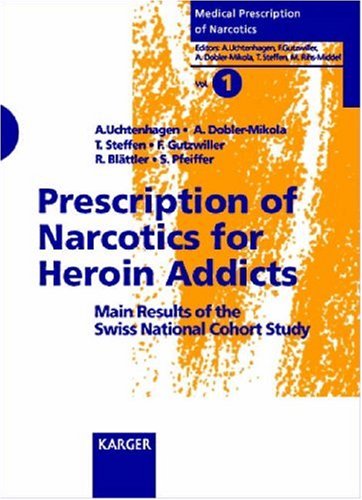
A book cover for Prescriptions of Narcotics for Heroin Addicts: Main Results of the Swiss National Cohort Study (Medical Prescription of Narcotics, Vol. 1); A. Uchtenhagen; Medical Books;